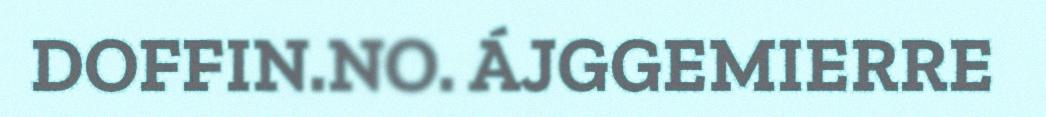
DOFFIN.NO. ÁJGGEMIERRE